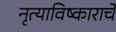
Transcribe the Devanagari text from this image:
नृत्याविष्काराचे